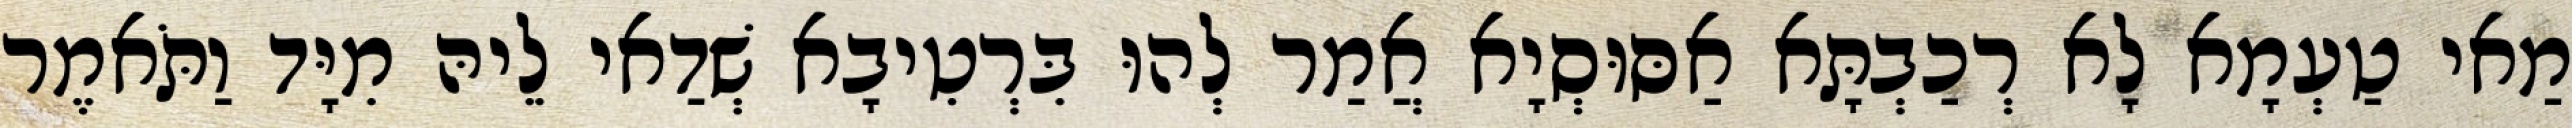
מַאי טַעְמָא לָא רְכַבְתָּא אַסּוּסְיָא אֲמַר לְהוּ בִּרְטִיבָא שְׁדַאי לֵיהּ מִיָּד וַתֹּאמֶר